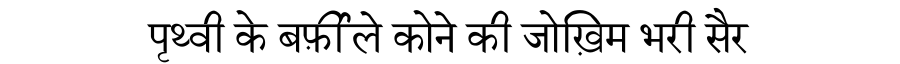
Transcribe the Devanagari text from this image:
पृथ्वी के बर्फ़ीले कोने की जोख़िम भरी सैर